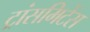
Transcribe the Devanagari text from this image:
ट्रांसमिटेंस